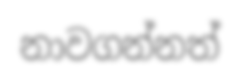
නාවගන්නත්